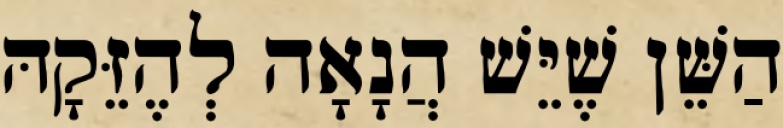
הַשֵּׁן שֶׁיֵּשׁ הֲנָאָה לְהֶזֵּקָהּ